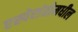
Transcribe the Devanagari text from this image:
एस्पेरांतोमधील